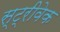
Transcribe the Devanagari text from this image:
स्ट्रीवेक